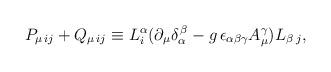
LaTeX: \begin{align*}P_{\mu \, ij} + Q_{\mu \, ij} \equiv L_i^{\alpha} ( \partial_{\mu} \delta_{\alpha}^{\, \beta} - g \, \epsilon_{\alpha \beta \gamma} A^{\gamma}_{\mu}) L_{\beta \; j},\end{align*}